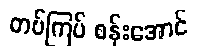
တပ်ကြပ် စန်းအောင်